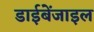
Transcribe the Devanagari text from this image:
डाईबेंजाइल